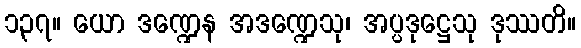
၁၃၇။ ယော ဒဏ္ဍေန အဒဏ္ဍေသု၊ အပ္ပဒုဋ္ဌေသု ဒုဿတိ။